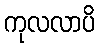
ကုလလာပိ